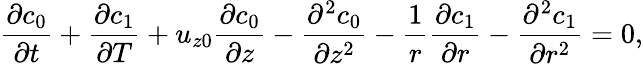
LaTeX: \frac{\partial c_{0}}{\partial t}+\frac{\partial c_{1}}{\partial T}+u_{z0}\frac{\partial c_{0}}{\partial z}-\frac{\partial^{2}c_{0}}{\partial z^{2}}-\frac{1}{r}\frac{\partial c_{1}}{\partial r}-\frac{\partial^{2}c_{1}}{\partial r^{2}}=0,